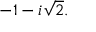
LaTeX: - 1 - i { \sqrt { 2 } } .